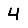
Digit: 4